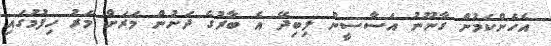
އެހެންކަމުން ގާނޫނު އަސާސީން ލިބިދޭ އެ ބާރުގެ ދަށުން މަރަށް މަރު ހިފުމުގައި